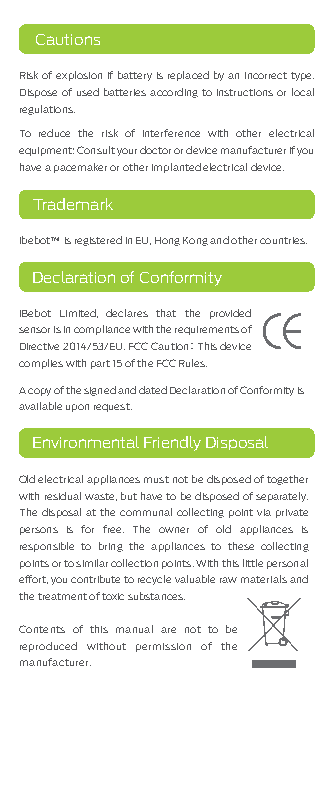
Cautions
 Risk of explosion if battery is replaced by an incorrect type.
 Dispose of used batteries according to instructions or local
 regulations.
 To reduce the risk of interference with other electrical
 equipment: Consult your doctor or device manufacturer if you
 have a pacemaker or other implanted electrical device.
 Trademark
 ibebot™ is registered in EU, Hong Kong and other countries.
 Declaration of Conformity
 iBebot Limited, declares that the provided
 sensor is in compliance with the requirements of
 Directive 2014/53/EU. FCC Caution： This device
 complies with part 15 of the FCC Rules.
 A copy of the signed and dated Declaration of Conformity is
 available upon request.
 Environmental Friendly Disposal
 Old electrical appliances must not be disposed of together
 with residual waste, but have to be disposed of separately.
 The disposal at the communal collecting point via private
 persons is for free. The owner of old appliances is
 responsible to bring the appliances to these collecting
 points or to similar collection points. With this little personal
 effort, you contribute to recycle valuable raw materials and
 the treatment of toxic substances.
 Contents of this manual are not to be
 reproduced without permission of the
 manufacturer.